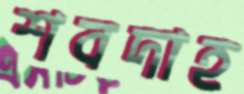
শবদাহ